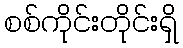
စစ်ကိုင်းတိုင်းရှိ